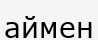
аймен